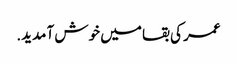
عمر کی بقا میں خوش آمدید.